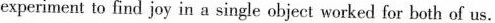
experiment to find joy in a single object worked for both of us.